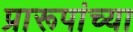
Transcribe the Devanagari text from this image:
प्रारूपांच्या